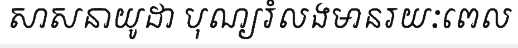
សាសនាយូដា បុណ្យរំលងមានរយៈពេល